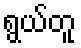
ရွယ်တူ